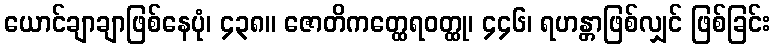
ယောင်ချာချာဖြစ်နေပုံ၊ ၄၃၈။ ဇောတိကတ္ထေရဝတ္ထု၊ ၄၄၆၊ ရဟန္တာဖြစ်လျှင် ဖြစ်ခြင်း